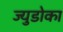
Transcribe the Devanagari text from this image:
ज्युडोका